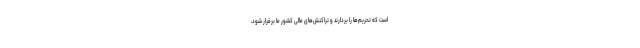
است که تحریم‌ها را بردارند و تراکنش‌های مالی کشور ما برقرار شود،